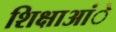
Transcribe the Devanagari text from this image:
शिक्षाआंे